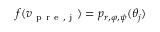
f ( v _ { \mathrm { ~ p ~ r ~ e ~ , ~ j ~ } } ) = p _ { r , \varphi , \psi } ( \theta _ { j } )